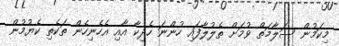
މިކަމުން ސަލާމަތް ވުމަަށް ތެލުލާފައި ހުންނަ ހެދިކާ އާއި އެހެނިހެން ތަކެތި ކެޔުމުން